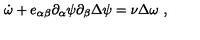
\dot { \omega } + e _ { \alpha \beta } \partial _ { \alpha } \psi \partial _ { \beta } \Delta \psi = \nu \Delta \omega \ ,